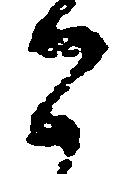
こ